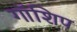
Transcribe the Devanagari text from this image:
गॉशिप